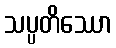
သပ္ပတိဿော